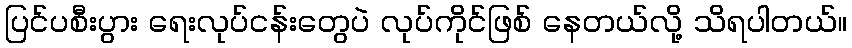
ပြင်ပစီးပွား ရေးလုပ်ငန်းတွေပဲ လုပ်ကိုင်ဖြစ် နေတယ်လို့ သိရပါတယ်။